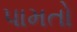
પામતો